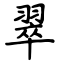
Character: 翠